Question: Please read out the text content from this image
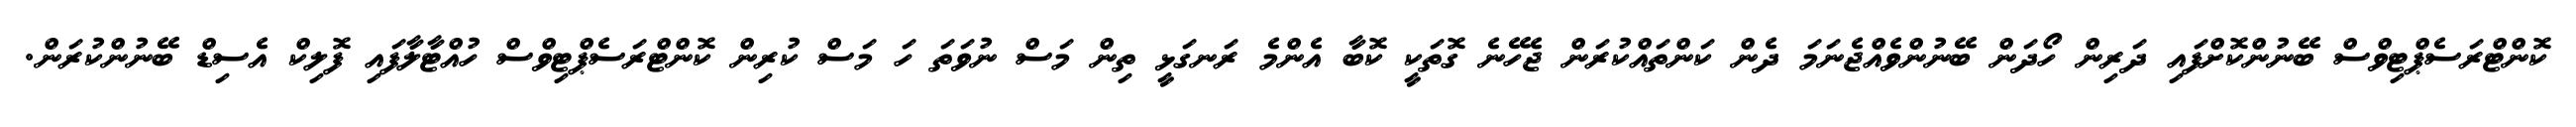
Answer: ކޮންޓްރަސެޕްޓިވްސް ބޭނުންކޮށްފައި ދަރިން ހޯދަން ބޭނުންވެއްޖެނަމަ ދެން ކަންތައްކުރަން ޖެހޭނެ ގޮތަކީ ކޮބާ އެންމެ ރަނގަޅީ ތިން މަސް ނުވަތަ ހަ މަސް ކުރިން ކޮންޓްރަސެޕްޓިވްސް ހުއްޓާލާފައި ފޮލިކް އެސިޑް ބޭނުންކުރަން.